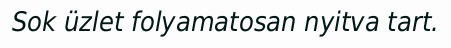
Sok üzlet folyamatosan nyitva tart.